Lunatic asylums Central Provinces reports 1910-1926 - 1910-1926
Year: 1910
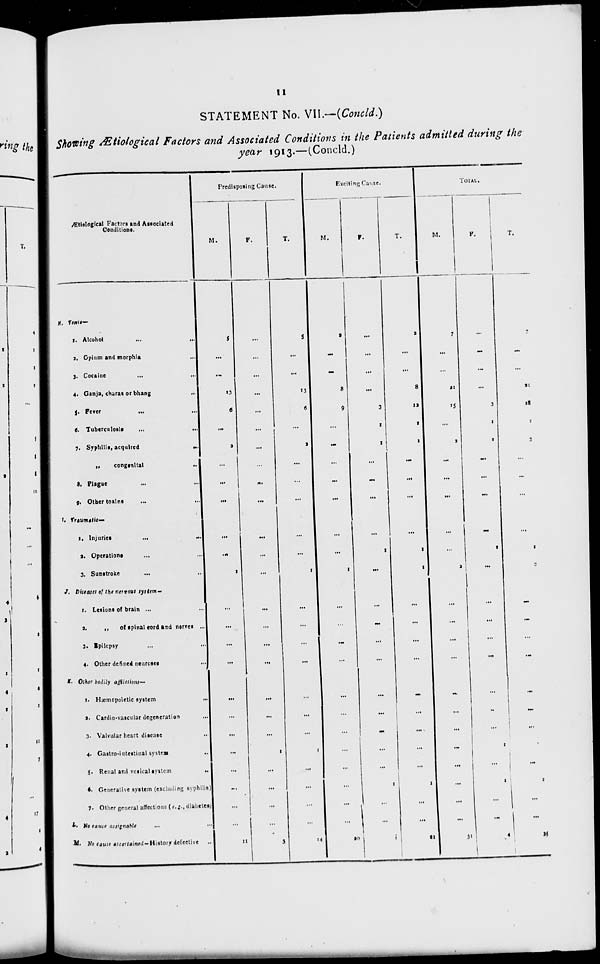
11
STATEMENT No. VII.—(Concld.)
Showing Ætiological Factors and Associated Conditions in the Patients admitted during the
year 1913.—(Concld.)
Ætiological Factors and Associated
Conditions.
H. Toxin—
1. Alcohol ... ...
2. Opium and morphia ...
3. Cocaine ... ...
4. Ganja, charas or bhang ...
5. Fever ... ...
6. Tuberculosis ... ...
7. Syphilis, acquired
...
„
congenital ...
8. Plague ... ...
9. Other toxins ... ...
I. Traumatic—
1. Injuries ... ...
2. Operations ... ...
3. Sunstroke ... ...
J. Diseases of the nervous system—
1. Lesions of brain ... ...
2.
„
of spinal cord and nerves ...
3. Epilepsy ... ...
4. Other defined neuroses
...
K. Other bodily afflictions—
1. Hæmopoietic system
...
2. Cardio-vascular degeneration ...
3. Valvular heart disease ...
4. Gastro-intestinal system ...
5. Renal and vesical system ...
6. Generative system (excluding syphilis)
7. Other general affections (e.g., diabetes)
L. No cause assignable ... ...
M. No cause ascertained-History defective ...
Predisposing Cause.
M.
5
...
...
13
6
...
2
...
...
...
...
...
1
...
...
...
...
...
...
...
...
...
...
...
...
11
F.
...
...
...
...
...
...
...
...
...
...
...
...
...
...
...
...
...
...
...
...
1
...
...
...
...
3
T.
5
...
...
13
6
...
2
...
...
...
...
...
1
...
...
...
...
...
...
...
1
...
...
...
...
14
Exciting Cause.
M.
2
...
...
8
9
...
...
...
...
...
...
...
1
...
...
...
...
...
...
...
...
...
...
...
...
20
F.
...
...
...
...
3
1
1
...
...
...
...
1
...
...
...
...
...
...
...
...
...
...
1
...
...
1
T.
2
...
...
8
12
1
1
...
...
...
...
1
1
...
...
...
...
...
...
...
...
...
1
...
...
21
TOTAL.
M.
7
...
...
21
15
...
2
...
...
...
...
...
2
...
...
...
...
...
...
...
...
...
...
...
...
31
F.
...
...
...
...
3
1
1
...
...
...
...
1
...
...
...
...
...
...
...
...
1
...
1
...
...
4
T.
7
...
...
21
18
1
3
...
...
...
...
1
2
...
...
...
...
...
...
...
1
...
1
...
...
35